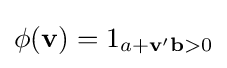
\phi (\mathbf {v} )=1_{a+\mathbf {v} '\mathbf {b} >0}